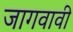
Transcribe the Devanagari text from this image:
जागवावी